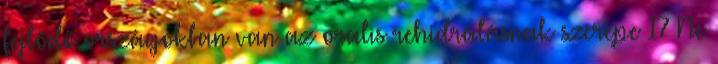
fejlődő országokban van az oralis rehidrálásnak szerepe 17 Ne